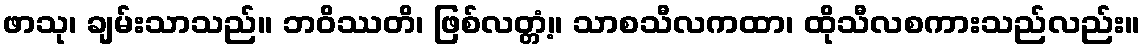
ဖာသု၊ ချမ်းသာသည်။ ဘဝိဿတိ၊ ဖြစ်လတ္တံ့။ သာစသီလကထာ၊ ထိုသီလစကားသည်လည်း။